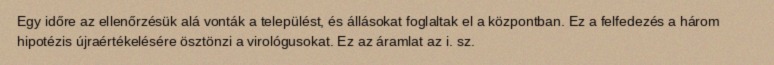
Egy időre az ellenőrzésük alá vonták a települést, és állásokat foglaltak el a központban. Ez a felfedezés a három hipotézis újraértékelésére ösztönzi a virológusokat. Ez az áramlat az i. sz.